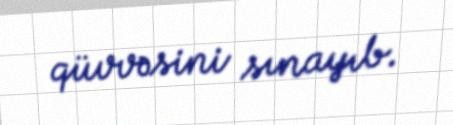
qüvvəsini sınayıb.